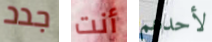
جدد أنت لأحدهم